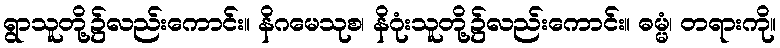
ရွာသူတို့၌လည်းကောင်း။ နိဂမေသုစ၊ နိဂုံးသူတို့၌လည်းကောင်း။ ဓမ္မံ၊ တရားကို။